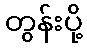
တွန်းပို့